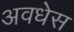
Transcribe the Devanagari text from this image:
अवधेस